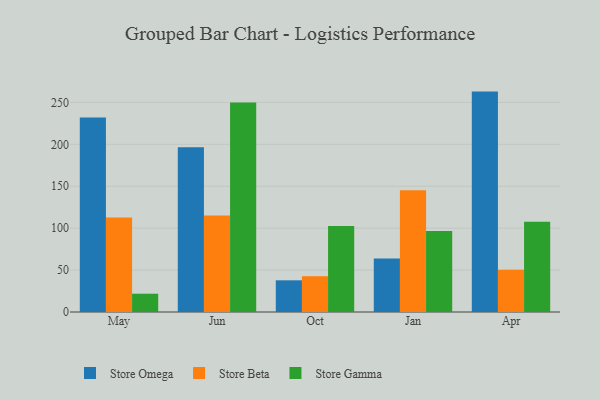
{"axis": {"x": "Month", "y": "Humidity (%)"}, "legend": ["Store Beta", "Store Gamma", "Store Omega"], "data": [{"x": "May", "y": 231.9, "type": "Store Omega"}, {"x": "May", "y": 112.8, "type": "Store Beta"}, {"x": "May", "y": 21.8, "type": "Store Gamma"}, {"x": "Jun", "y": 196.4, "type": "Store Omega"}, {"x": "Jun", "y": 115.1, "type": "Store Beta"}, {"x": "Jun", "y": 250.0, "type": "Store Gamma"}, {"x": "Oct", "y": 37.8, "type": "Store Omega"}, {"x": "Oct", "y": 42.7, "type": "Store Beta"}, {"x": "Oct", "y": 102.5, "type": "Store Gamma"}, {"x": "Jan", "y": 63.8, "type": "Store Omega"}, {"x": "Jan", "y": 145.1, "type": "Store Beta"}, {"x": "Jan", "y": 96.6, "type": "Store Gamma"}, {"x": "Apr", "y": 262.9, "type": "Store Omega"}, {"x": "Apr", "y": 50.3, "type": "Store Beta"}, {"x": "Apr", "y": 107.6, "type": "Store Gamma"}]}